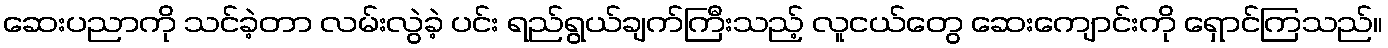
ဆေးပညာကို သင်ခဲ့တာ လမ်းလွဲခဲ့ ပင်း ရည်ရွယ်ချက်ကြီးသည့် လူငယ်တွေ ဆေးကျောင်းကို ရှောင်ကြသည်။